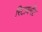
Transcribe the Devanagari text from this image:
रिटायर्मेंट